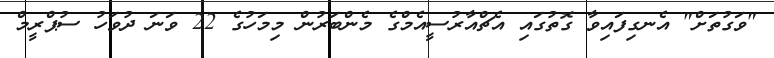
"ވަގުތަށް" އެނގިފައިވާ ގޮތުގައި އެޗްއާރުސީއެމްގެ މެންބަރުން މިމަހުގެ 22 ވަނަ ދުވަހު ސުޕްރީމް